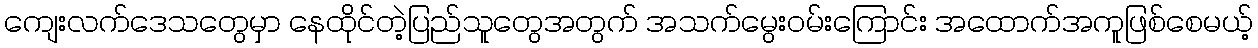
ကျေးလက်ဒေသတွေမှာ နေထိုင်တဲ့ပြည်သူတွေအတွက် အသက်မွေးဝမ်းကြောင်း အထောက်အကူဖြစ်စေမယ့်